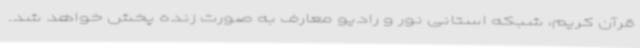
قرآن کریم، شبکه استانی نور و رادیو معارف به صورت زنده پخش خواهد شد.